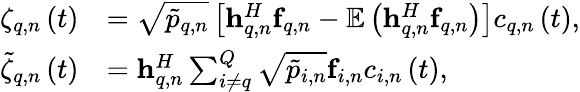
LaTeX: \begin{array}{rl}{{\zeta_{q,n}}\left(t\right)}&{=\sqrt{{{\tilde{p}}_{q,n}}}\left[{{\mathbf{h}}_{q,n}^{H}{{\mathbf{f}}_{q,n}}-{\mathbb E}\left({{\mathbf{h}}_{q,n}^{H}{{\mathbf{f}}_{q,n}}}\right)}\right]{c_{q,n}}\left(t\right),}\\ {{{\tilde{\zeta}}_{q,n}}\left(t\right)}&{={\mathbf{h}}_{q,n}^{H}\sum_{i\ne q}^{Q}{\sqrt{{{\tilde{p}}_{i,n}}}{{\mathbf{f}}_{i,n}}{c_{i,n}}\left(t\right)},}\end{array}